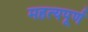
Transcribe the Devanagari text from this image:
महत्यपूर्ण